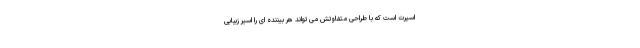
اسپرت است که با طراحی متفاوتش می تواند هر بیننده ای را اسیر زیبایی